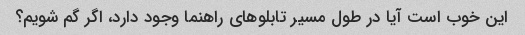
این خوب است آیا در طول مسیر تابلوهای راهنما وجود دارد، اگر گم شویم؟